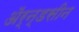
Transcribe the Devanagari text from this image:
ॲर्न्डसीन